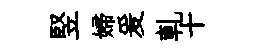
竪婦爰軋十